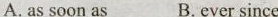
A. as soon as B.ever since